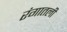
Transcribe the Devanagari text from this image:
रंगातली